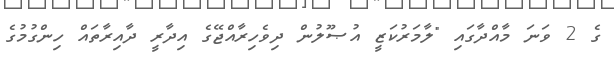
ގެ 2 ވަނަ މާއްދާގައި "ލާމަރުކަޒީ އުޞޫލުން ދިވެހިރާއްޖޭގެ އިދާރީ ދާއިރާތައް ހިންގުމުގެ